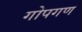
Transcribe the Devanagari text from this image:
गोपगण